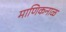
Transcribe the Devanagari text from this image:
माणिकनाळ